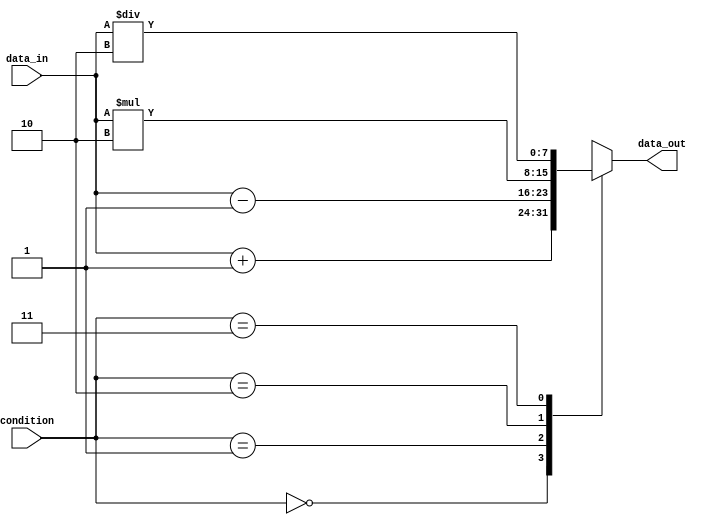
module parallel_case_statement (
    input wire [1:0] condition,
    input wire [7:0] data_in,
    output reg [7:0] data_out
);

always @(*) begin
    case (condition)
        2'b00: data_out = data_in + 8'h01; // Execute this block if condition is 00
        2'b01: data_out = data_in - 8'h01; // Execute this block if condition is 01
        2'b10: data_out = data_in * 8'h02; // Execute this block if condition is 10
        2'b11: data_out = data_in / 8'h02; // Execute this block if condition is 11
    endcase
end

endmodule